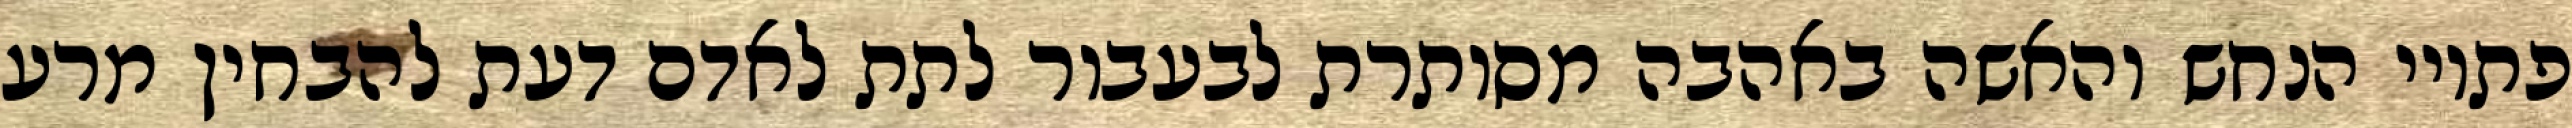
פתויי הנחש והאשה באהבה מסותרת לבעבור לתת לאדם דעת להבחין מרע